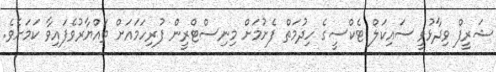
ޝަރީފް ވިދާޅުވީ ސައިކަލް ޓެކްސީގެ ހިދުމަތް ފެށުމަށް މިނިސްޓްރީން ފުރިހަމައަށް ތައްޔާރުވެފައިވާ ކަމަށެވެ.